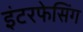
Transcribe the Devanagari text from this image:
इंटरफेसिंग